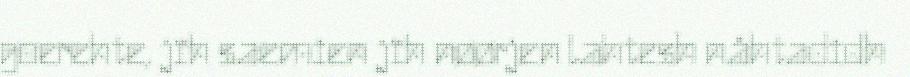
goerehte, jïh saemien jïh nøørjen lahtesh nåhtadidh